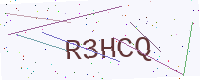
Text: R3HCQ